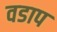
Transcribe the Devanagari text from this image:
वडाप